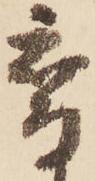
鷹